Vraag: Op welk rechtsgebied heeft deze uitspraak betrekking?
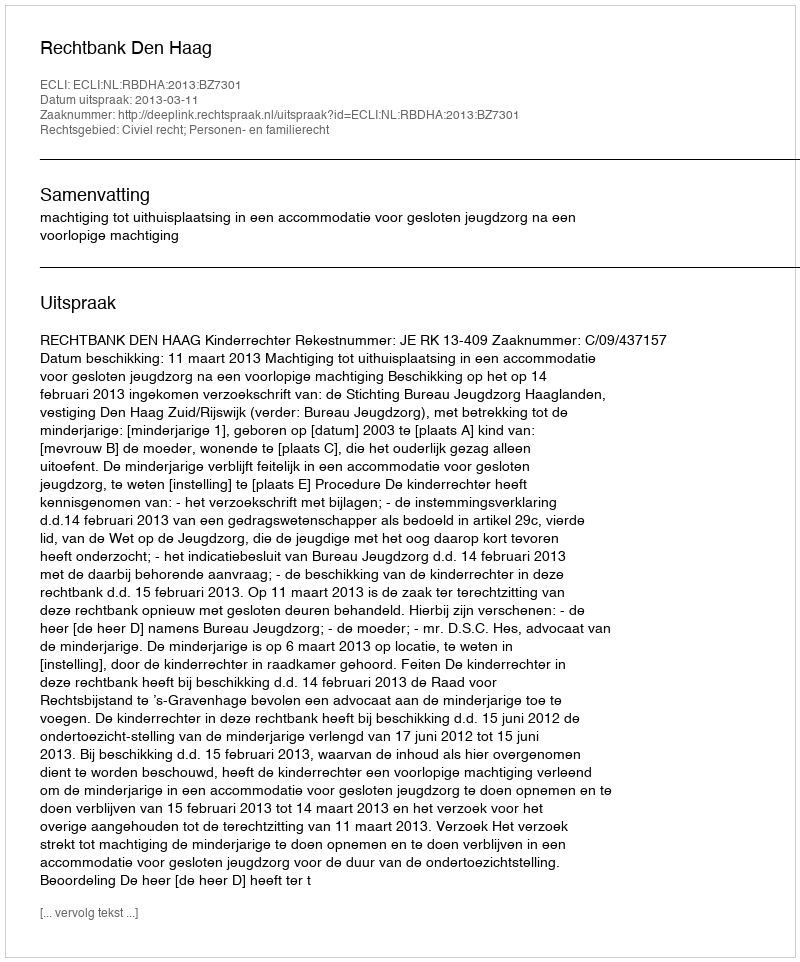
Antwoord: Civiel recht; Personen- en familierecht